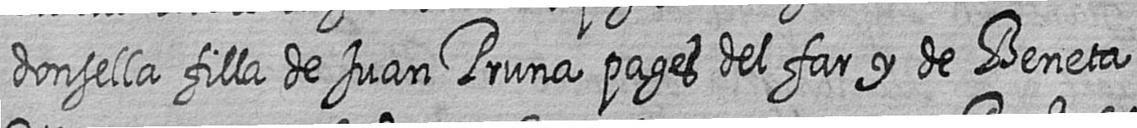
donsella filla de Juan Pruna pages del far y de Beneta